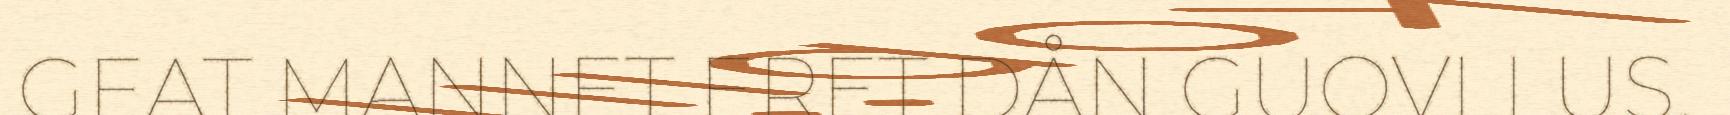
GEAT MANNET ERET DÅN GUOVLLUS.